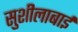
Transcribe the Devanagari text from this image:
सुशीलाबाई